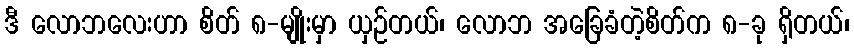
ဒီ လောဘလေးဟာ စိတ် ၈-မျိုးမှာ ယှဉ်တယ်၊ လောဘ အခြေခံတဲ့စိတ်က ၈-ခု ရှိတယ်၊